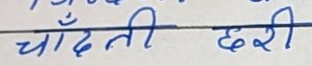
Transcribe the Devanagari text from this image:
चाँदती छरी